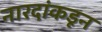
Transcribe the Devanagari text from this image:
नारदांकडून